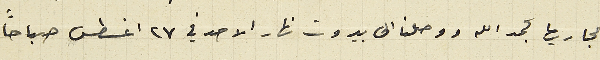
مجاريها بحمد الله ووصلنا الى بيروت نهار الاحد في ٢٧ اغسطس صباحًا